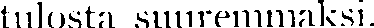
tulosta suuremmaksi.